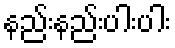
နည်းနည်းပါးပါး